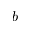
b